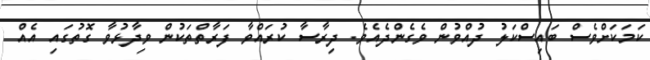
ކަމަކަށްވެސް ބައިސްކަލު ދުއްވުން ވެގެންދެއެވެ. ދިރާސާ ކުރައްވާ ފަރާތްތަކުން ވިދާޅުވާ ގޮތުގައި އެއް